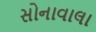
સોનાવાલા